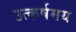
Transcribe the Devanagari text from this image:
उत्कर्षमय